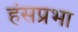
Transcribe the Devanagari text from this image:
हंसप्रभा